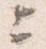
上